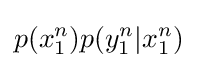
p(x_{1}^{n})p(y_{1}^{n}|x_{1}^{n})